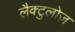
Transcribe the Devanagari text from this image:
लैक्टुलोज़